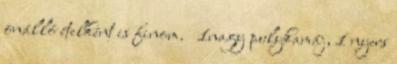
önálló ételként is finom. 1nagy pulykamáj, 1 nyers